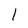
Character: l